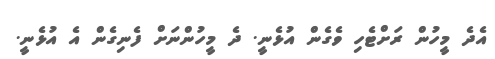
އެދެ މީހުން ރަށްޓެހި ވެގެން އުޅެނީ. ދެ މީހުންނަށް ފެނިގެން އެ އުޅެނީ.